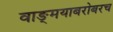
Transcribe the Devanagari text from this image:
वाङ्‌मयाबरोबरच